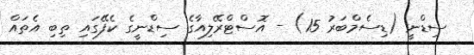
ސިޑްނީ (ޑިސެމްބަރު 15) - އޮސްޓްރޭލިއާގެ ސިޑްނީގެ ކެފޭގައި ތިބި އެތައް